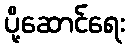
ပို့ဆောင်ရေး